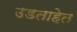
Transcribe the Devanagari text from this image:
उडताहेत